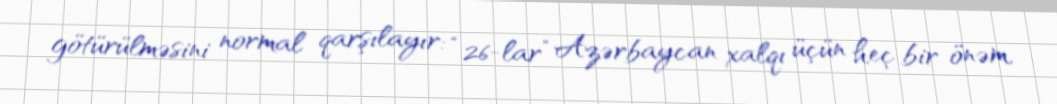
götürülməsini normal qarşılayır: “26-lar” Azərbaycan xalqı üçün heç bir önəm,